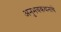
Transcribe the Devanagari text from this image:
अनुभवकथनाचे